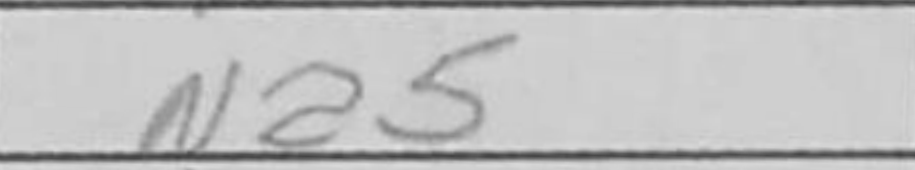
Transcription: Na5